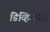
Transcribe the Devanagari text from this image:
डिव्हिजनचे